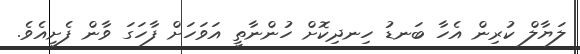
ލަޔާލް ކުރިން އެހާ ބަނޑު ހިނދިކޮށް ހުންނާތީ އަވަހަށް ފާހަގަ ވާން ފެށީއެވެ.